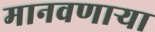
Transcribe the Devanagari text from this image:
मानवणाऱ्या